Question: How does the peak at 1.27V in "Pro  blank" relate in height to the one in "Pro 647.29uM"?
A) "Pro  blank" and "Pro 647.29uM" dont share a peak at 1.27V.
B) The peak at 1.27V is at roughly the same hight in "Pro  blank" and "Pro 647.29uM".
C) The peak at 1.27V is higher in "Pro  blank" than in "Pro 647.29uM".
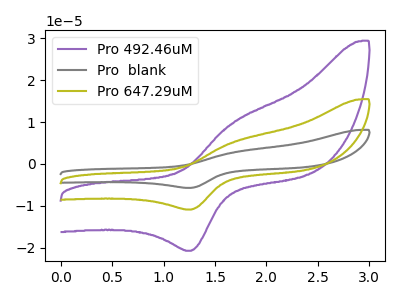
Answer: <think>The purple curve "Pro 492.46uM" has an anodic peak at (1.70V, 10.00uA) and a cathodic peak at (1.25V, -20.80uA). The gray curve "Pro  blank" has an anodic peak at (1.70V, 10.50uA) and a cathodic peak at (1.25V, -21.85uA). The olive curve "Pro 647.29uM" has an anodic peak at (1.70V, 5.25uA) and a cathodic peak at (1.25V, -10.95uA).</think>
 <answer>C) The peak at 1.27V is higher in "Pro  blank" than in "Pro 647.29uM".</answer>
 <eval>C</eval>